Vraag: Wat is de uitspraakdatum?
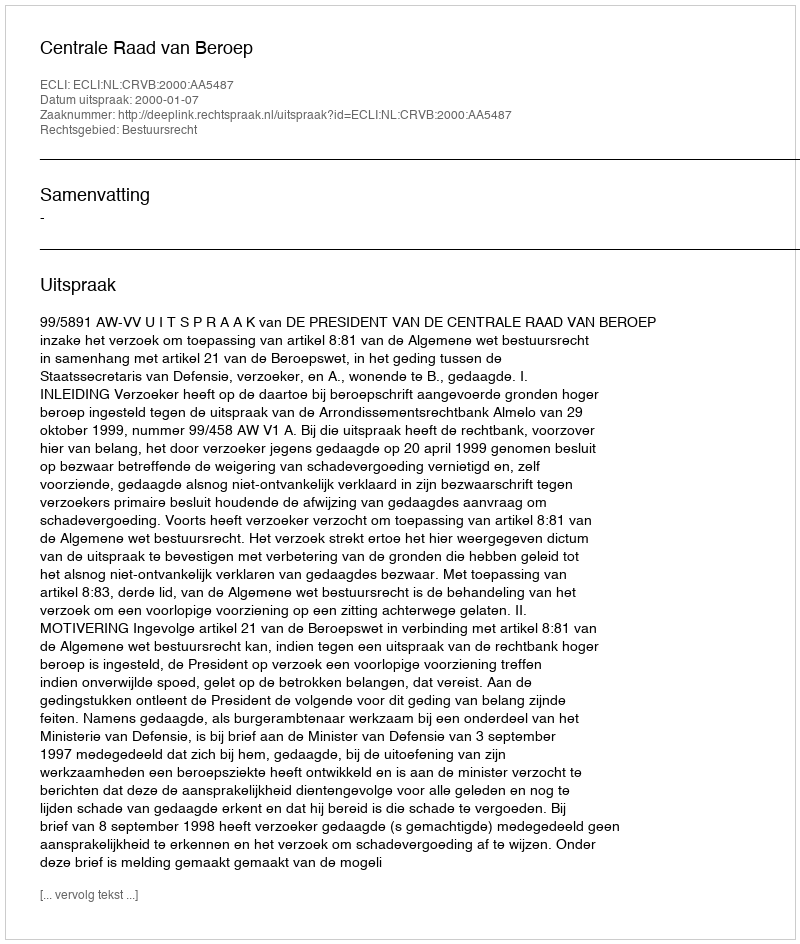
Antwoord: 2000-01-07